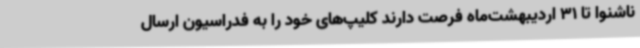
ناشنوا تا 31 اردیبهشت‌ماه فرصت دارند کلیپ‌های خود را به فدراسیون ارسال